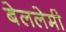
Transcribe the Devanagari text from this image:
बेललेमी